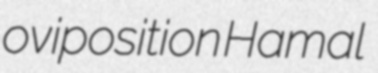
oviposition Hamal